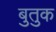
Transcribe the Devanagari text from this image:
बुतुक